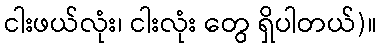
ငါးဖယ်လုံး၊ ငါးလုံး တွေ ရှိပါတယ်)။